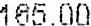
165.00